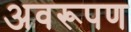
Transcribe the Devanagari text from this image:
अवरूपण